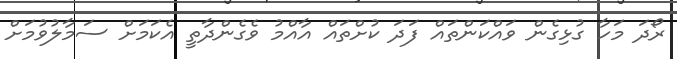
ރޯދަ މަހާ ގުޅިގެން ވައްކަންތައް ފަދަ ކުށްތައް އާއްމު ވެގެންދާތީ އެކަމަށް ސަމާލުވުމަށް